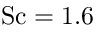
\mathrm { S c } = 1 . 6